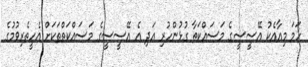
ހަމަ މިއާއެކު އޭސީސީގެ މަސައްކަތާ ގުޅުންހުރި އަދި އެ އޭސީސީގެ މަސައްކަތްތަކަށް އެހީތެރިވުމުގެ